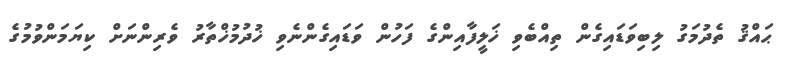
ޙައްޤު ތެދުމަގު ލިބިވަޑައިގެން ތިއްބެވި ޚަލީފާއިންގެ ފަހުން ވަޑައިގެންނެވި ޚުދުމުޚްތާާރު ވެރިންނަށް ކިޔަމަންވުމުގެ